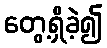
တွေ့ရှိခဲ့၍